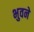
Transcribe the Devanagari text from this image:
भुवने